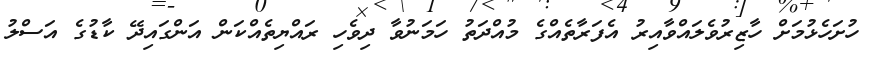
ހުށަހެޅުމަށް ހާޒިރުވެލައްވާއިރު އެފަރާތެއްގެ މުއްދަތު ހަމަނުވާ ދިވެހި ރައްޔިތެއްކަން އަންގައިދޭ ކާޑުގެ އަސްލު